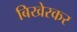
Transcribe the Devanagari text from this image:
बिखेरकर